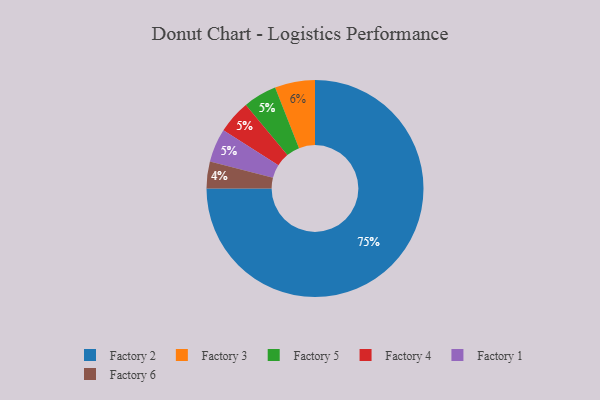
{"axis": {"x": "Category", "y": "Percentage"}, "legend": ["Factory 1", "Factory 2", "Factory 3", "Factory 4", "Factory 5", "Factory 6"], "data": [{"x": "Factory 6", "y": 4, "type": "Factory 6"}, {"x": "Factory 5", "y": 5, "type": "Factory 5"}, {"x": "Factory 3", "y": 6, "type": "Factory 3"}, {"x": "Factory 4", "y": 5, "type": "Factory 4"}, {"x": "Factory 2", "y": 75, "type": "Factory 2"}, {"x": "Factory 1", "y": 5, "type": "Factory 1"}]}